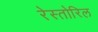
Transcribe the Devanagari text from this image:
रेस्तोरिल